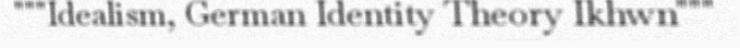
"""Idealism, German Identity Theory Ikhwn"""